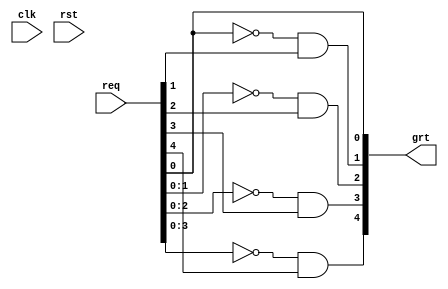
module arb ( 
        req, 
        grt, 
        clk, 
        rst
);

input  [4:0]  req;//input [width:msb] portname    
output [4:0]  grt;     //output  [width:msb] portname    
input             clk, rst; //input signals

//The "grt" signals will only be asserted if the corresponding "req" signal is active and all higher-priority "req" signals are not active.

assign  grt[0]  =                   req[0]; 
assign  grt[1]  = (req[0]   == 0) & req[1]; 
assign  grt[2]  = (req[1:0] == 0) & req[2]; 
assign  grt[3]  = (req[2:0] == 0) & req[3]; 
assign  grt[4]  = (req[3:0] == 0) & req[4]; 


// assigns value to grant signals based on req signals

endmodule